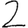
Digit: 2